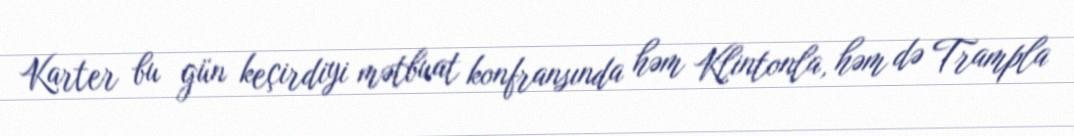
Karter bu gün keçirdiyi mətbuat konfransında həm Klintonla, həm də Trampla